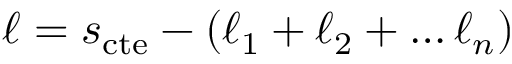
\ell = s _ { \mathrm { c t e } } - ( \ell _ { 1 } + \ell _ { 2 } + \dots \ell _ { n } )